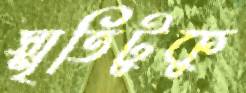
স্মৃতিটুকু